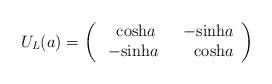
LaTeX: \begin{align*}U_L(a)=\left( \begin{array}{cc} \ \ {\rm cosh}a & \ \ -{\rm sinh}a \\ \ -{\rm sinh}a & \ \ \ \ {\rm cosh}a \end{array}\right)\end{align*}